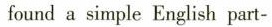
found a simple English part-